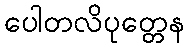
ပေါတလိပုတ္တေန